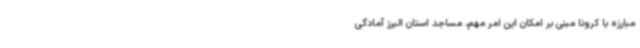
مبارزه با کرونا مبنی بر امکان این امر مهم، مساجد استان البرز آمادگی